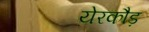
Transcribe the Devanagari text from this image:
येरकौड़